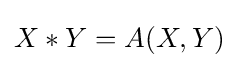
X*Y=A(X,Y)